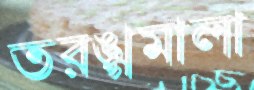
তরঙ্গমালা